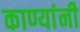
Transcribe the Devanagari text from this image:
काण्यांनी